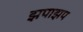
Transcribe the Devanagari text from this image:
झपाझप